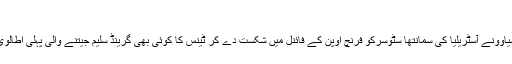
(07.06.2010)
اٹلی کی فرانسیسکا شیاوونے آسٹریلیا کی سمانتھا سٹوسرکو فرنچ اوپن کے فائنل میں شکست دے کر ٹینس کا کوئی بھی گرینڈ سلیم جیتنے والی پہلی اطالوی خاتون بن گئی ہیں۔